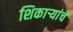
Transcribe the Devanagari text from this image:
शिकाऱ्यांचे